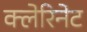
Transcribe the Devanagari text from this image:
क्लेरिनेट